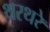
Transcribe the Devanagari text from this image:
थरथरे